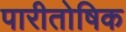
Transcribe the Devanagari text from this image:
पारीतोषिक